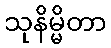
သုနိမ္မိတာ